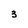
Character: 3